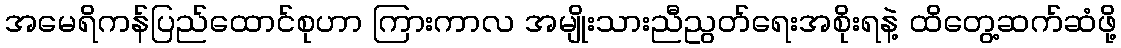
အမေရိကန်ပြည်ထောင်စုဟာ ကြားကာလ အမျိုးသားညီညွတ်ရေးအစိုးရနဲ့ ထိတွေ့ဆက်ဆံဖို့